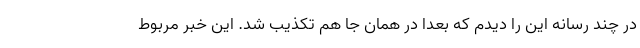
در چند رسانه این را دیدم که بعدا در همان جا هم تکذیب شد. این خبر مربوط